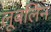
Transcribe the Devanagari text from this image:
लूबलिन